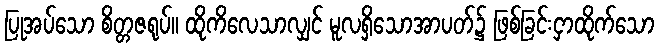
ပြုအပ်သော စိတ္တဇရုပ်။ ထိုကိလေသာလျှင် မူလရှိသောအာပတ်၌ ဖြစ်ခြင်းငှာထိုက်သော